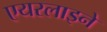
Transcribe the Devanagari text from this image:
एयरलाइने